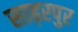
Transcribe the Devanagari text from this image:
साढ़रपुर